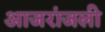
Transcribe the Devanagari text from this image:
आजरांजली